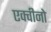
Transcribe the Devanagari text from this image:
एक्वीनो